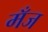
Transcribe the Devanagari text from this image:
मँज